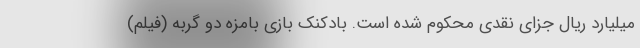
میلیارد ریال جزای نقدی محکوم شده است. بادکنک بازی بامزه دو گربه (فیلم)